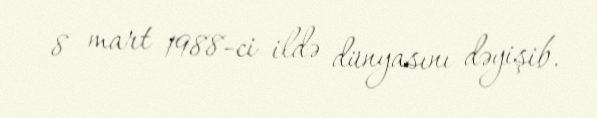
8 mart 1988-ci ildə dünyasını dəyişib.